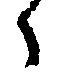
々